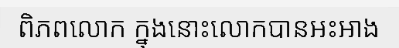
ពិភពលោក ក្នុងនោះលោកបានអះអាង